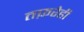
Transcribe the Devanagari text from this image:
तफ़रेही